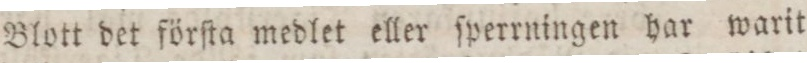
Blott det förſta medlet eller ſperrningen har warit